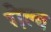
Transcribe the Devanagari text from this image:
गेल्ब